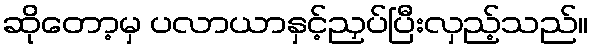
ဆိုတော့မှ ပလာယာနှင့်ညှပ်ပြီးလှည့်သည်။